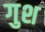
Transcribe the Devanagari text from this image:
गुश